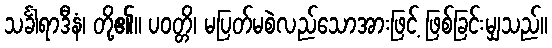
သင်္ခါရာဒီနံ၊ တို့၏။ ပဝတ္တိ၊ မပြတ်မစဲလည်သောအားဖြင့် ဖြစ်ခြင်းမျှသည်။